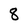
Character: 8